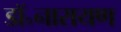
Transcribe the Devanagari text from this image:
डॉ॰नारायण